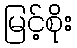
မြင့်စိုး